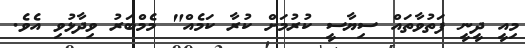
މިއީ ދީނީ ފަތުވާތައް ސިޔާސީ ކުރުމަށް ކުރާ ކަމެއް" މެމްބަރު ވިދާޅުވި އެވެ.